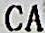
CA